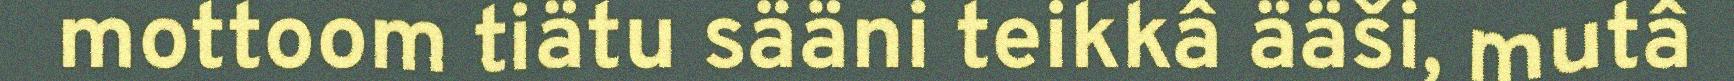
mottoom tiätu sääni teikkâ ääši, mutâ